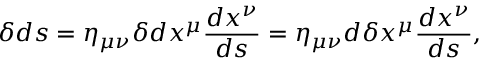
\delta d s = \eta _ { \mu \nu } \delta d x ^ { \mu } { \frac { d x ^ { \nu } } { d s } } = \eta _ { \mu \nu } d \delta x ^ { \mu } { \frac { d x ^ { \nu } } { d s } } ,